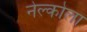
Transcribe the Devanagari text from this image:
नेल्कोला